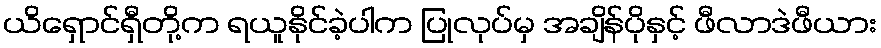
ယိရှောင်ရှီတို့က ရယူနိုင်ခဲ့ပါက ပြုလုပ်မှ အချိန်ပိုနှင့် ဖီလာဒဲဖီယား